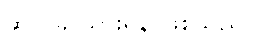
ဆုတ်ခွာသွားရန် ဖြစ်သည်။